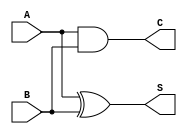
module P1(A,B,S,C);
input A,B;
output S,C;
assign S=(A^B);
assign C=(A&B);
endmodule